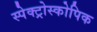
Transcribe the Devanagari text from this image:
स्पेक्ट्रोस्कोपिक